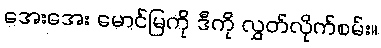
အေးအေး မောင်မြကို ဒီကို လွှတ်လိုက်စမ်း။